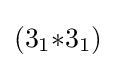
(3_{1}{*}3_{1})